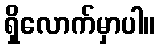
ရှိလောက်မှာပါ။